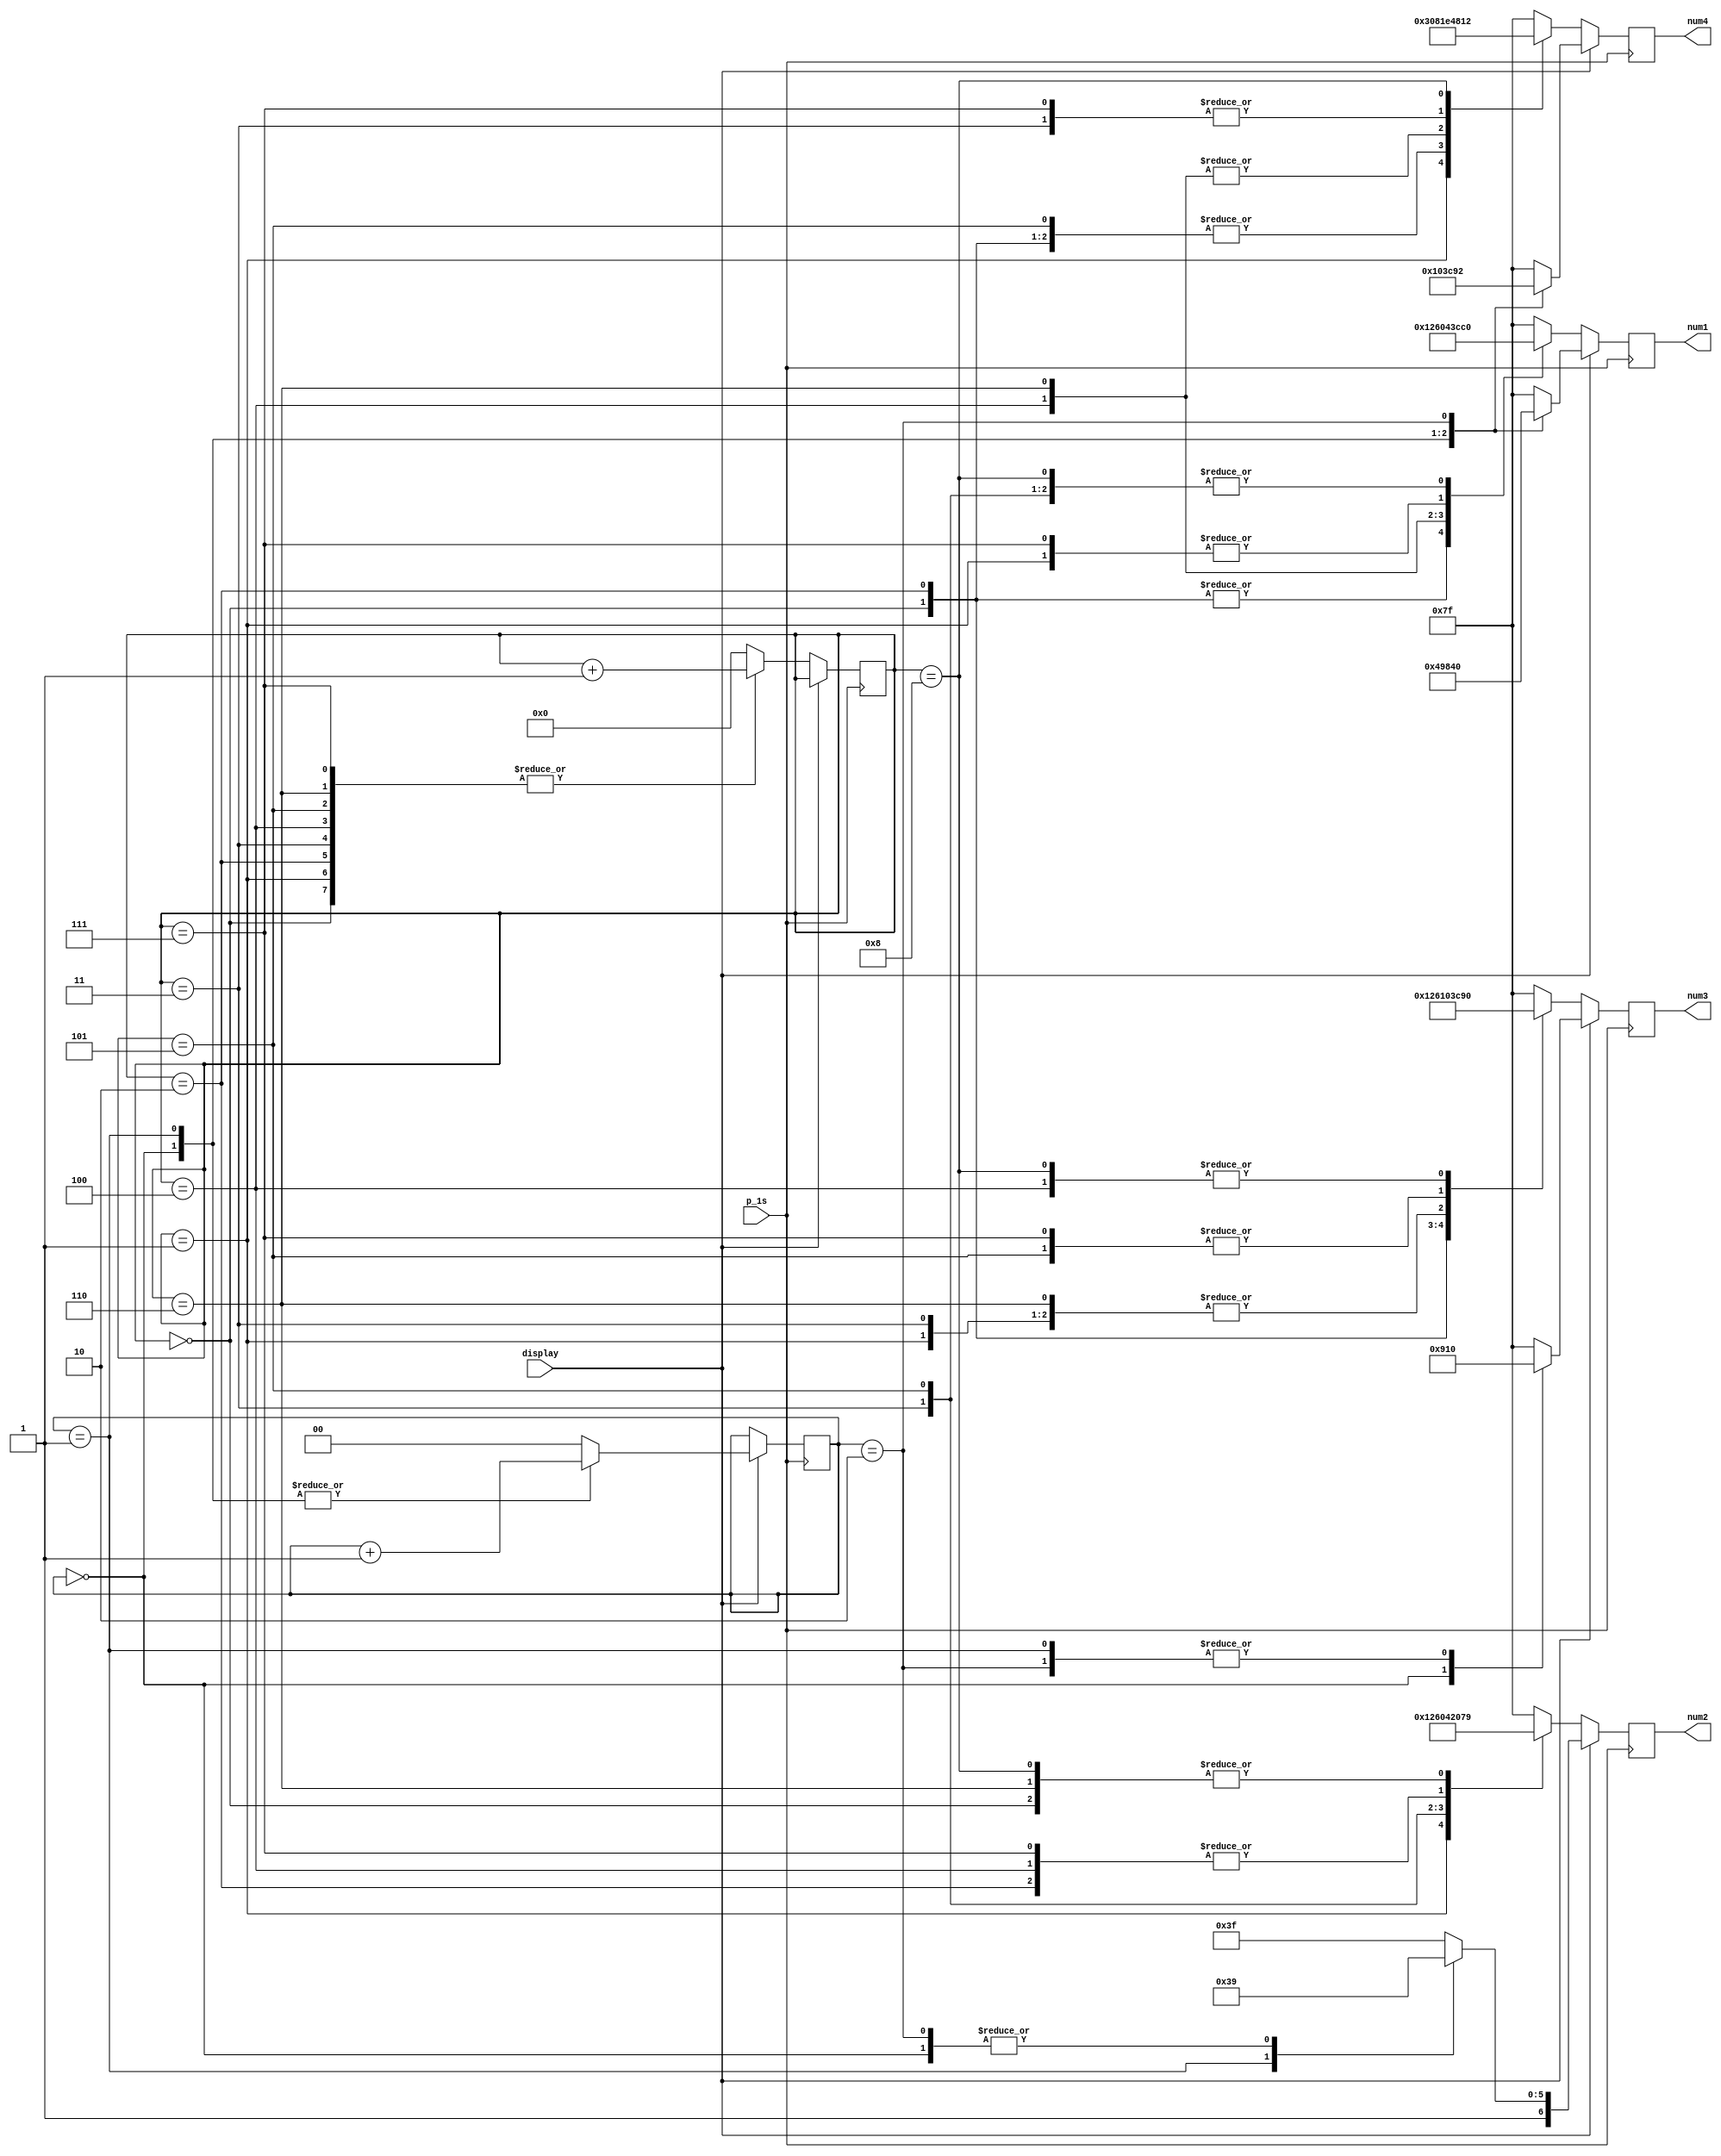
`timescale 1ns / 1ps
//////////////////////////////////////////////////////////////////////////////////
// Company: 
// Engineer: 
// 
// Design Name: 
// Module Name:    num 
// Project Name: 
// Target Devices: 
// Tool versions: 
// Description: 
//
// Dependencies: 
//
// Revision: 
// Revision 0.01 - File Created
// Additional Comments: 
//
//////////////////////////////////////////////////////////////////////////////////
module num(
    input p_1s,
    input display,
    output reg [6:0] num1,
    output reg [6:0] num2,
    output reg [6:0] num3,
    output reg [6:0] num4
    );
	 
	 reg [1:0] count1=0;
	 reg [3:0] count2=0;
	 
	 always @ (posedge p_1s)
		begin
		if (display==1)
			begin
			case(count1)
			2'b00:begin
			  num1<=7'b0010010;
			  num2<=7'b1111001;
			  num3<=7'b0010010;
			  num4<=7'b1000000;
			  count1<=count1+1;
			  end
			2'b01:begin
			  num1<=7'b0110000;
			  num2<=7'b1000000;
			  num3<=7'b0010000;
			  num4<=7'b1111001;
			  count1<=count1+1;
			  end
			2'b10:begin
			  num1<=7'b1000000;
			  num2<=7'b1111001;
			  num3<=7'b0010000;
			  num4<=7'b0010010;
			  count1<=0;
			  end
			default:begin
			  num1<=7'b1111111;
			  num2<=7'b1111111;
			  num3<=7'b1111111;
			  num4<=7'b1111111;
			  count1<=0;
			  end
			endcase
			end
		if (display==0)
			begin
			case(count2)
			4'b0000:begin
			  num1<=7'b0010010;
			  num2<=7'b1111001;
			  num3<=7'b0010010;
			  num4<=7'b1000000;
			  count2<=count2+1;
			  end
			4'b0001:begin
			  num1<=7'b1111001;
			  num2<=7'b0010010;
			  num3<=7'b1000000;
			  num4<=7'b0110000;
			  count2<=count2+1;
			  end
			4'b0010:begin
			  num1<=7'b0010010;
			  num2<=7'b1000000;
			  num3<=7'b0110000;
			  num4<=7'b1000000;
			  count2<=count2+1;
			  end
			4'b0011:begin
			  num1<=7'b1000000;
			  num2<=7'b0110000;
			  num3<=7'b1000000;
			  num4<=7'b0010000;
			  count2<=count2+1;
			  end
			4'b0100:begin
			  num1<=7'b0110000;
			  num2<=7'b1000000;
			  num3<=7'b0010000;
			  num4<=7'b1111001;
			  count2<=count2+1;
			  end
			4'b0101:begin
			  num1<=7'b1000000;
			  num2<=7'b0010000;
			  num3<=7'b1111001;
			  num4<=7'b1000000;
			  count2<=count2+1;
			  end
			4'b0110:begin
			  num1<=7'b0010000;
			  num2<=7'b1111001;
			  num3<=7'b1000000;
			  num4<=7'b1111001;
			  count2<=count2+1;
			  end
			4'b0111:begin
			  num1<=7'b1111001;
			  num2<=7'b1000000;
			  num3<=7'b1111001;
			  num4<=7'b0010000;
			  count2<=count2+1;
			  end
			4'b1000:begin
			  num1<=7'b1000000;
			  num2<=7'b1111001;
			  num3<=7'b0010000;
			  num4<=7'b0010010;
			  count2<=0;
			  end
			default:begin
			  num1<=7'b1111111;
			  num2<=7'b1111111;
			  num3<=7'b1111111;
			  num4<=7'b1111111;
			  count2<=0;
			  end
			endcase
			end
		end

endmodule